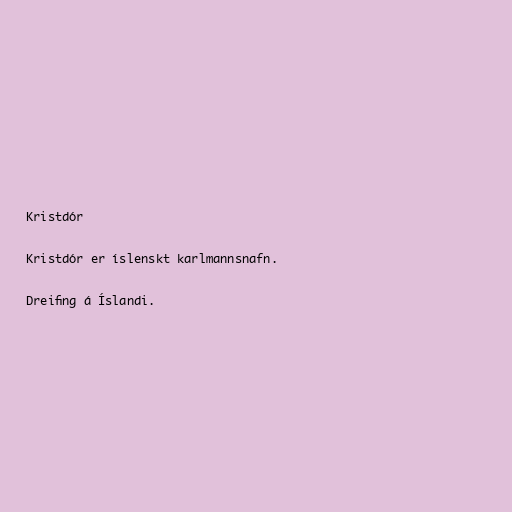
Kristdór

Kristdór er íslenskt karlmannsnafn.

Dreifing á Íslandi.